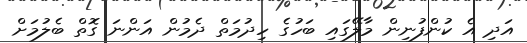
އަދި އެ ކުންފުނިން މާލޭގައި ބަހުގެ ހިދުމަތް ދެމުން އަންނަ ގޮތް ބެލުމަށް